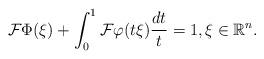
LaTeX: \begin{align*}\mathcal{F}\Phi (\xi )+\int_{0}^{1}\mathcal{F}\varphi (t\xi )\frac{dt}{t}=1,\xi \in \mathbb{R}^{n}. \end{align*}